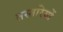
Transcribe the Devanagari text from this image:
तस्तरियों